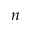
n